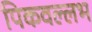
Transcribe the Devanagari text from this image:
पिकवल्लभ